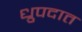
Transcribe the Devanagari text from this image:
ध्रुपदात